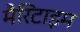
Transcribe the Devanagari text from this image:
मैरिटाइम